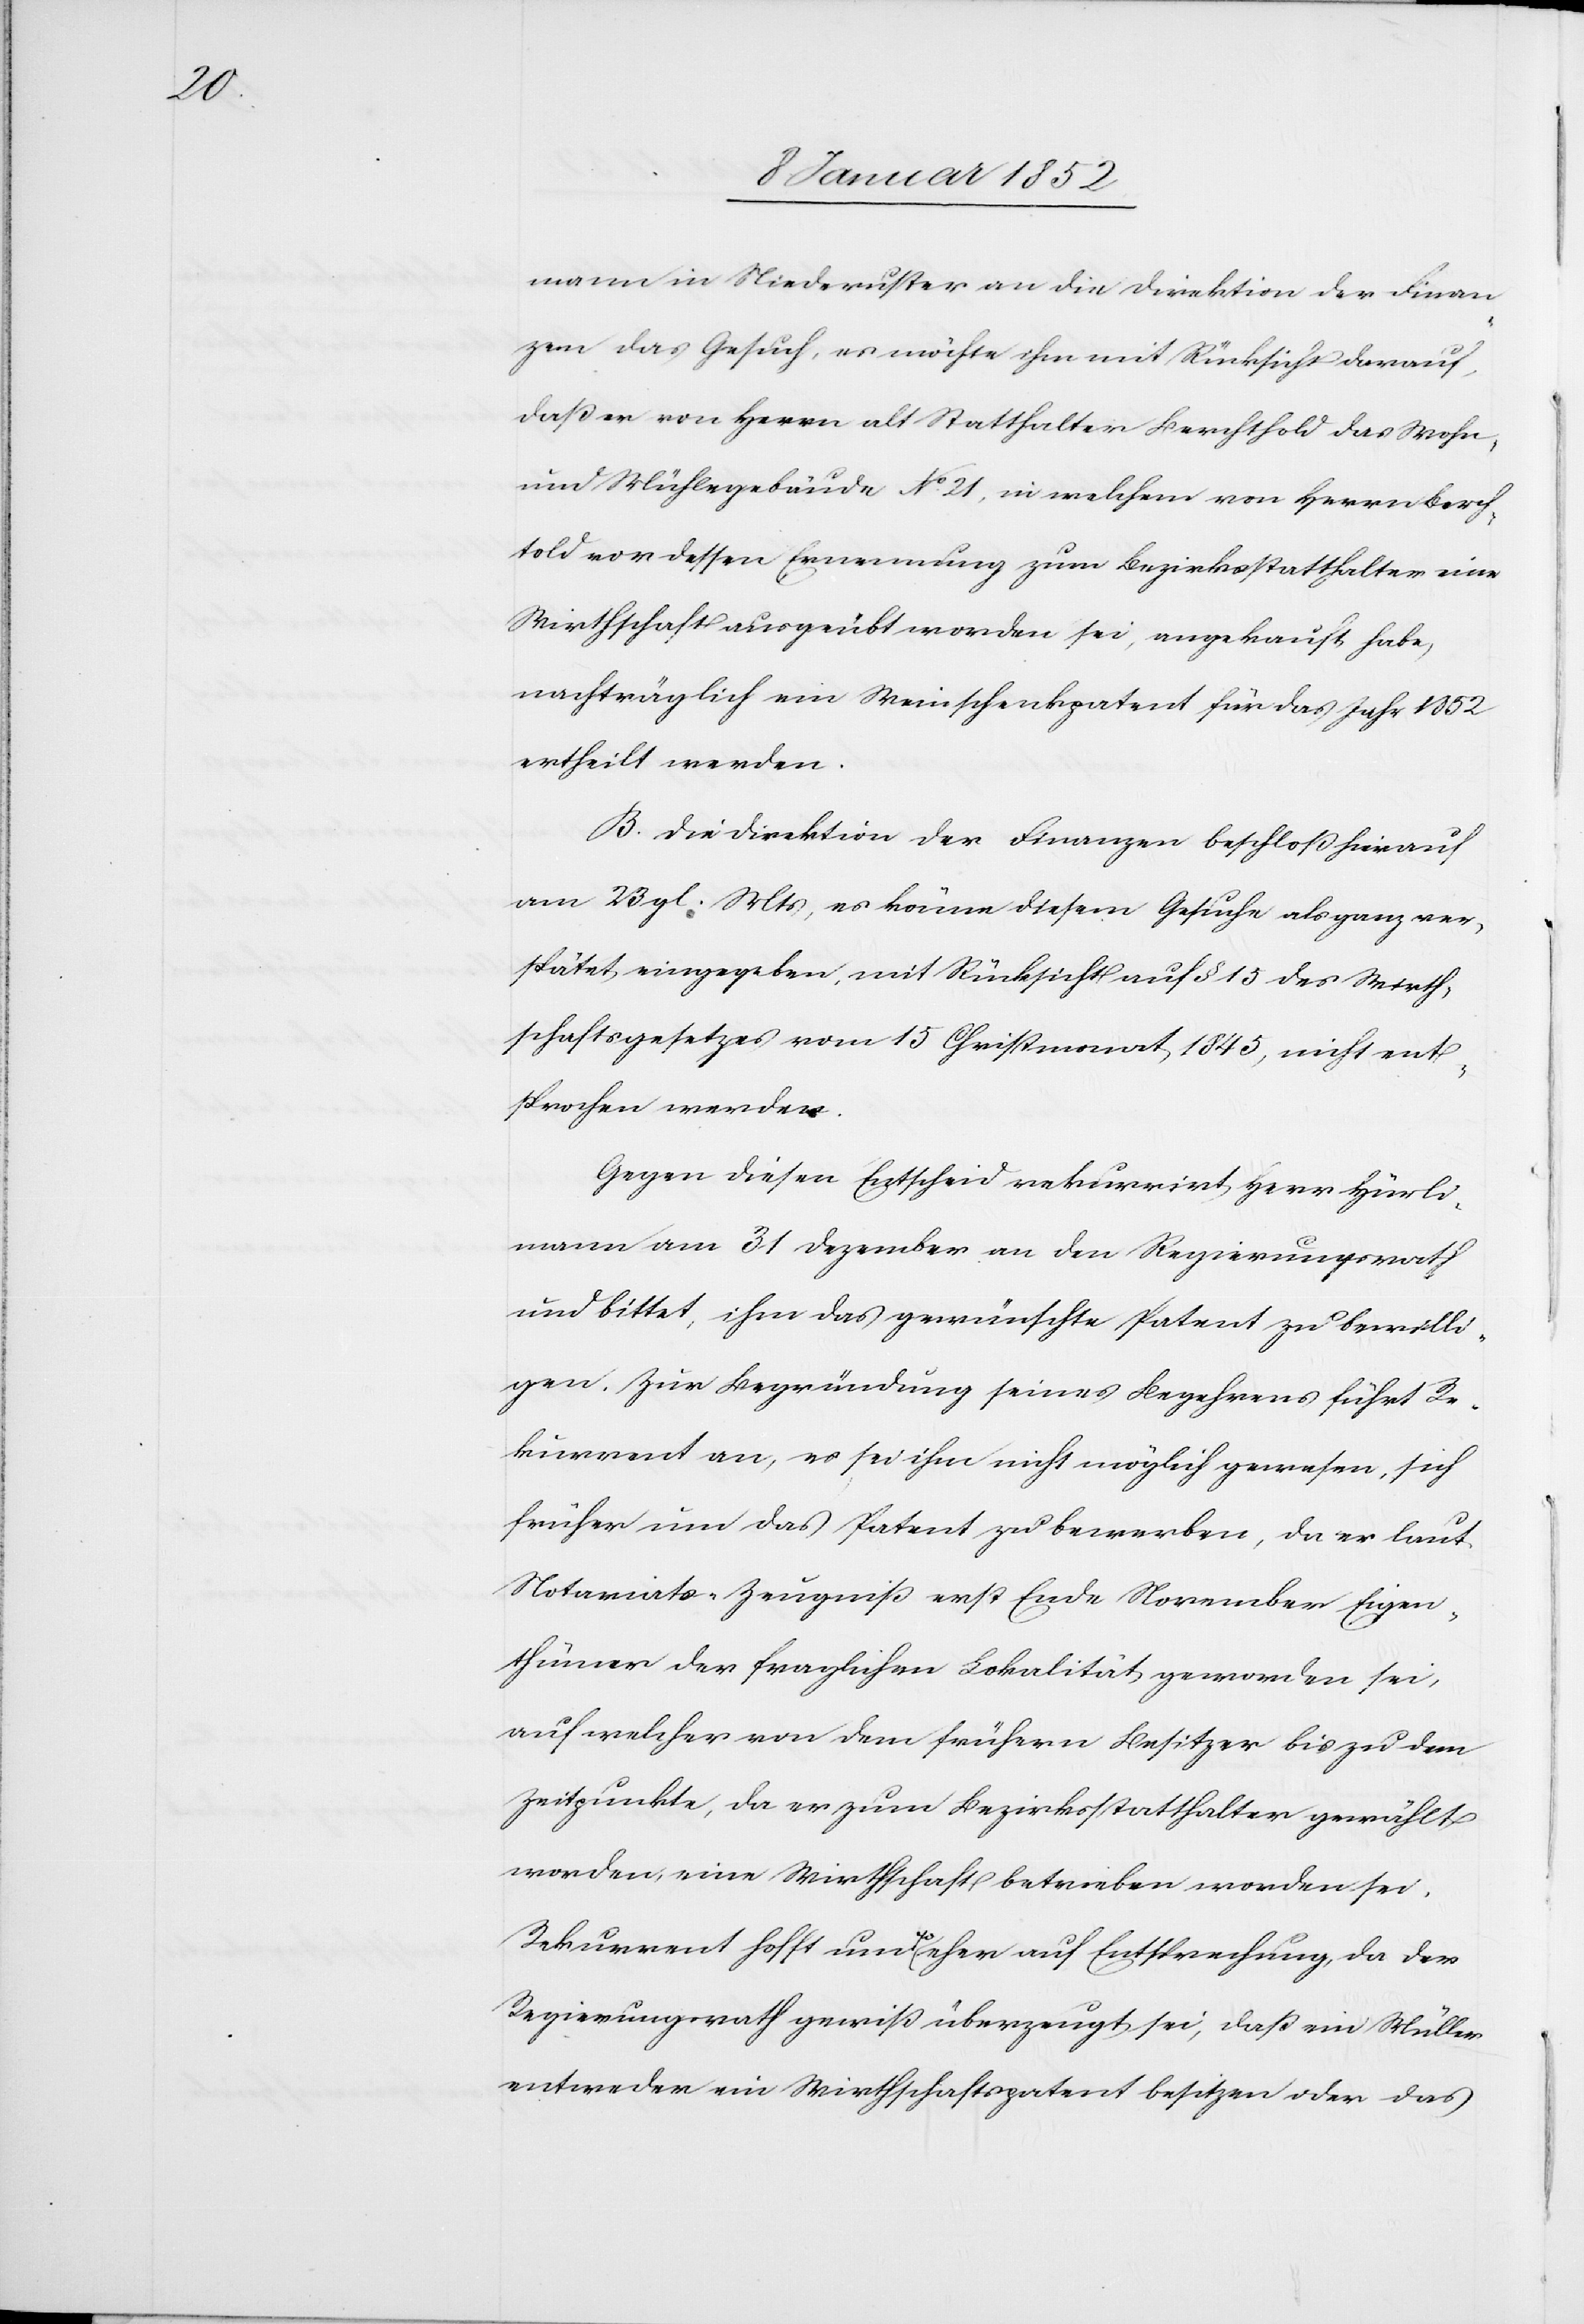
mann in Niederuster an die Direktion der Finan¬
zen das Gesuch, es möchte ihm mit Rücksicht darauf,
daß er von Herrn alt Statthalter Berchthold das Wohn
und Mühlegebäude No 21, in welchem von Herrn Berch¬
told von dessen Ernennung zum Bezirksstatthalter eine
Wirthschaft ausgeübt worden sei, angekauft habe,
nachträglich ein Weinschenkpatent für das Jahr 1852
ertheilt werden.
B. Die Direktion der Finanzen beschloß hierauf
am 23 gl. M, es könne diesem Gesuche als ganz ver¬
spätet eingegeben, mit Rücksicht auf § 15 des Wirth¬
schaftsgesetzes vom 15 Christmonat 1845, nicht ent¬
sprochen werden.
Gegen diesen Entscheid rekurrirt Herr Hürli¬
mann am 31 Dezember an den Regierungsrath
und bittet, ihm das gewünschte Patent zu bewilli¬
gen. Zur Begründung seines Begehrens führt Re¬
kurrent an, es sei ihm nicht möglich gewesen, sich
früher um das Patent zu bewerben, da er laut
Notariats-Zeugniß erst Ende November Eigen¬
thümer der fraglichen Lokalität geworden sei,
auf welcher von dem frühern Besitzer bis zu dem
Zeitpunkte, da er zum Bezirksstatthalter gewählt
worden, eine Wirthschaft betrieben worden sei.
Rekurrent hofft nun um so eher auf Entsprechung, da der
Regierungsrath gewiß überzeugt sei, daß ein Müller
entweder ein Wirthschaftspatent besitzen oder das